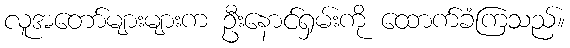
လူအတော်များများက ဦးနောင်ရှမ်းကို ထောက်ခံကြသည်။